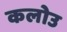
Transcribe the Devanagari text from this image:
कलोउ